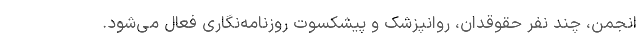
انجمن، چند نفر حقوقدان، روانپزشک و پیشکسوت روزنامه‌نگاری فعال می‌شود.